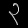
Digit: ၃